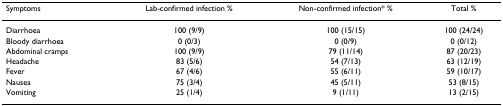
<table><thead><tr><td><b>Symptoms</b></td><td><b>Lab-confirmed infection %</b></td><td><b>Non-confirmed infection* %</b></td><td><b>Total %</b></td></tr></thead><tbody><tr><td>Diarrhoea</td><td>100 (9/9)</td><td>100 (15/15)</td><td>100 (24/24)</td></tr><tr><td>Bloody diarrhoea</td><td>0 (0/3)</td><td>0 (0/9)</td><td>0 (0/12)</td></tr><tr><td>Abdominal cramps</td><td>100 (9/9)</td><td>79 (11/14)</td><td>87 (20/23)</td></tr><tr><td>Headache</td><td>83 (5/6)</td><td>54 (7/13)</td><td>63 (12/19)</td></tr><tr><td>Fever</td><td>67 (4/6)</td><td>55 (6/11)</td><td>59 (10/17)</td></tr><tr><td>Nausea</td><td>75 (3/4)</td><td>45 (5/11)</td><td>53 (8/15)</td></tr><tr><td>Vomiting</td><td>25 (1/4)</td><td>9 (1/11)</td><td>13 (2/15)</td></tr></tbody></table>